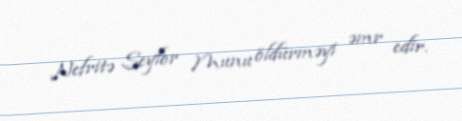
Nefritə Seylor Munu öldürməyi əmr edir.